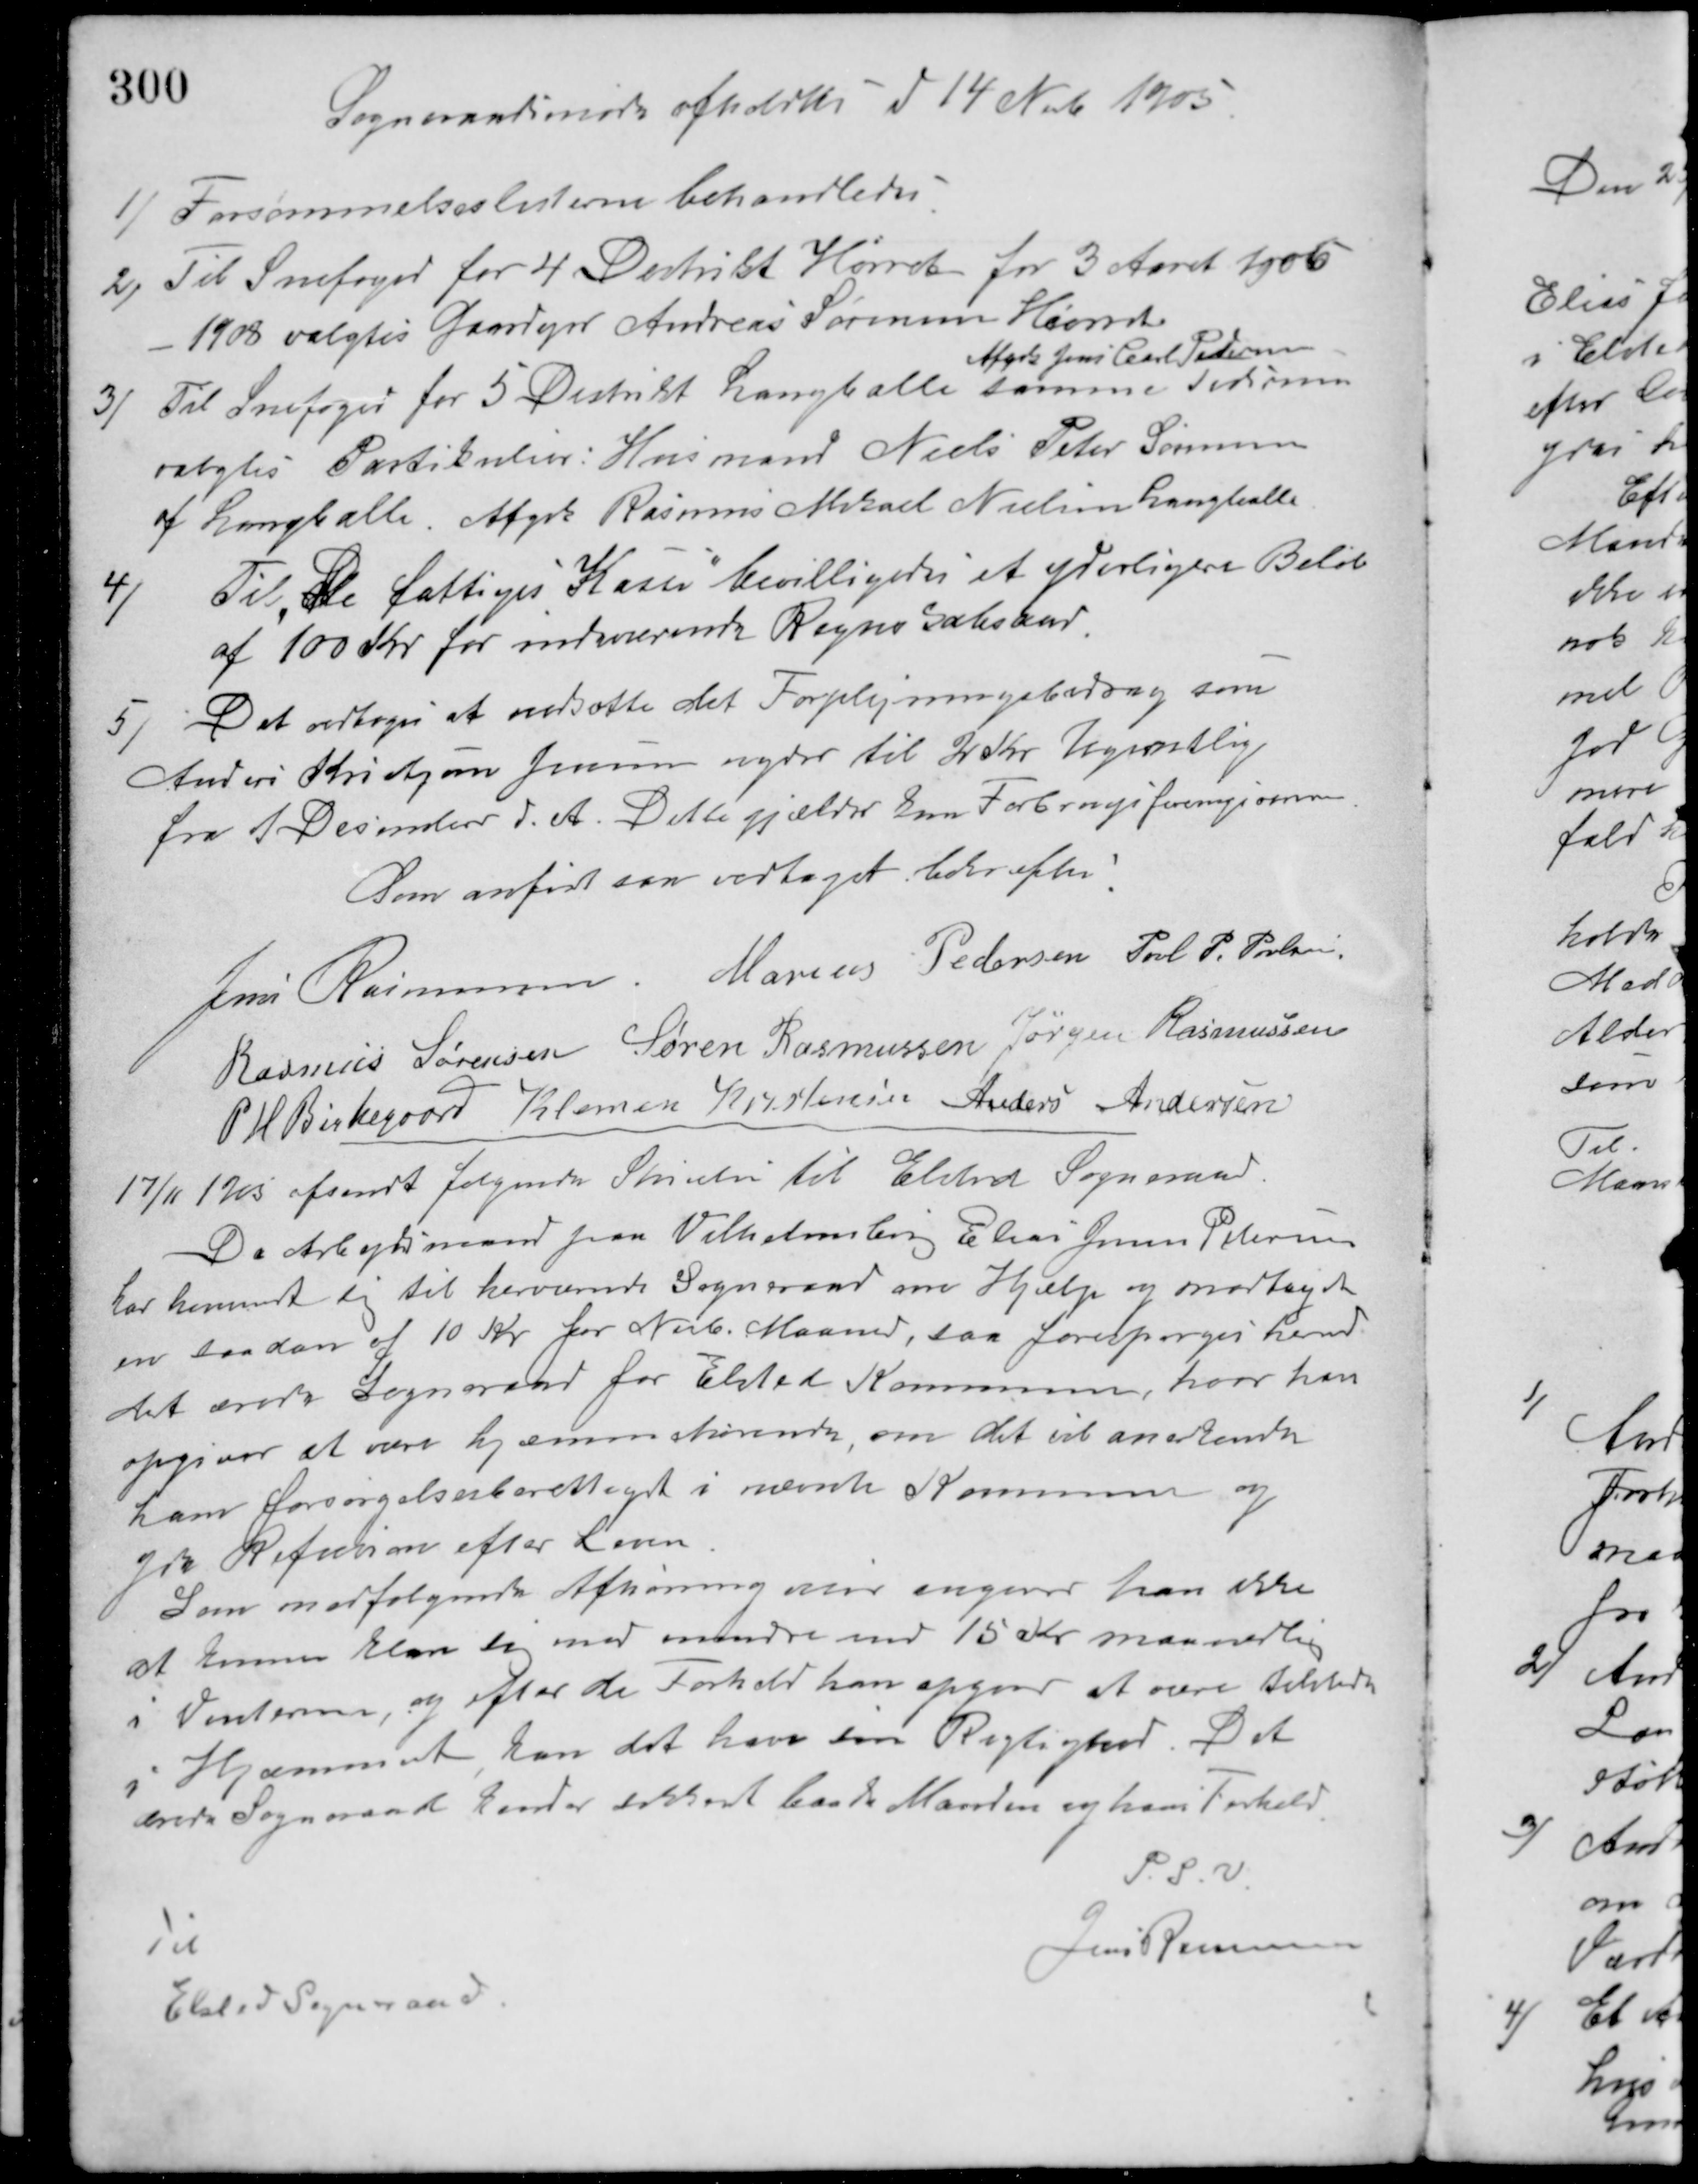
Transskription:
Sogneraadsmøde afholdtes d 14 Nobr. 1905
1/ Forsømmelseslisterne behandledes.
2/ Til Snefoged for 4 Destrikt Hørret for 3 Aaret 1906
- 1908 valgtes Gaardejer Andreas Sørensen Hørret
Afgik Jens Carl Pedersen.
3/ Til Snefoged for 5 Distrikt Langballe samme Tidsrum
valgtes Partikulier: Husmand Niels Peter Sørensen
af Langballe. Afgik Rasmus Mikael Nielsen Langballe.
Til De fattiges Kasse bevilligedes et yderligere Beløb
4/
af 100 Kr. for indeværende Regnskabsaar.
5/ Det vedtoges at nedsætte det Forplejningsbidrag som
Anders Kristjan Jensen nyder til 2 Kr. Ugentlig
fra 1 December d. A. Dette gjælder som Forbrugsforeningsomme.
Som anført saa vedtaget bekræftes:
Jens Rasmussen Marius Pedersen Poul. P. Poulsen
Rasmus Sørensen Søren Rasmussen Jørgen Rasmussen
P. H. Birkegaard Klemen Kristensen Anders Andersen
17/11 1905 afsendt følgende Skrivelse til Elsted Sogneraad.
Da Arbejdsmand paa Vilhelmsborg Elias Jens Petersen
har henvendt sig til herværende Sogneraad om Hjælp og modtaget
en saadan af 10 Kr. for Novb. Maaned, saa forespørges herved
det ærede Sogneraad for Elsted Kommune, hvor han
opgiver at være hjemmehørende om det vil anerkende
ham forsørgelsesberettiget i nævnte Kommune og
yde Refusion efter Loven.
Som medfølgende Afhøring viser angives han ikke
at kunne klare sig med mindre end 15 Kr. maanedlig
i Vinteren, og efter de Forhold han opgiver at være tilstede
i Hjemmet kan det have sin Rigtighed. Det
ærede Sogneraad kender sikkert baade Manden og hans Forhold.
P. S. V.
Jens Rasmussen
Til
Elsted Sogneraad